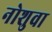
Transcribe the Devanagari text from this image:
नोशुवा